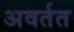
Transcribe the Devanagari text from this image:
अवर्तत